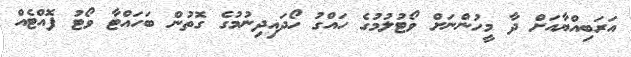
އަރަބިއްޔާއަށް ދާ މީހުންނަށް ވޯޓުލުމުގެ ހައްގު ހޯދައިދިނުމުގެ ގޮތުން ބަހައްޓާ ވޯޓު ފޮއްޓެއް